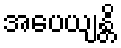
အပေယျန္တိ